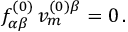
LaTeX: f _ { \alpha \beta } ^ { ( 0 ) } \, v _ { m } ^ { ( 0 ) \beta } = 0 \, .